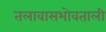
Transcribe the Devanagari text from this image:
तलावासभोवताली